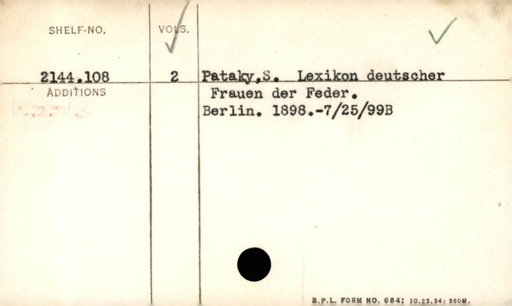
Label: content